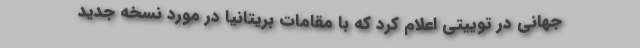
جهانی در توییتی اعلام کرد که با مقامات بریتانیا در مورد نسخه جدید